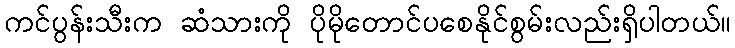
ကင်ပွန်းသီးက ဆံသားကို ပိုမိုတောင်ပစေနိုင်စွမ်းလည်းရှိပါတယ်။